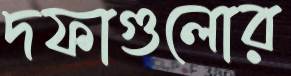
দফাগুলোর